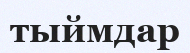
тыймдар